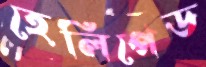
হেলিপেড